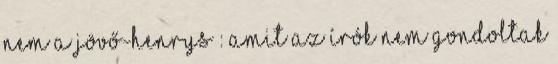
nem a jövő-Henrys : Amit az írók nem gondoltak